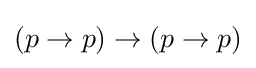
(p\rightarrow p)\rightarrow (p\rightarrow p)